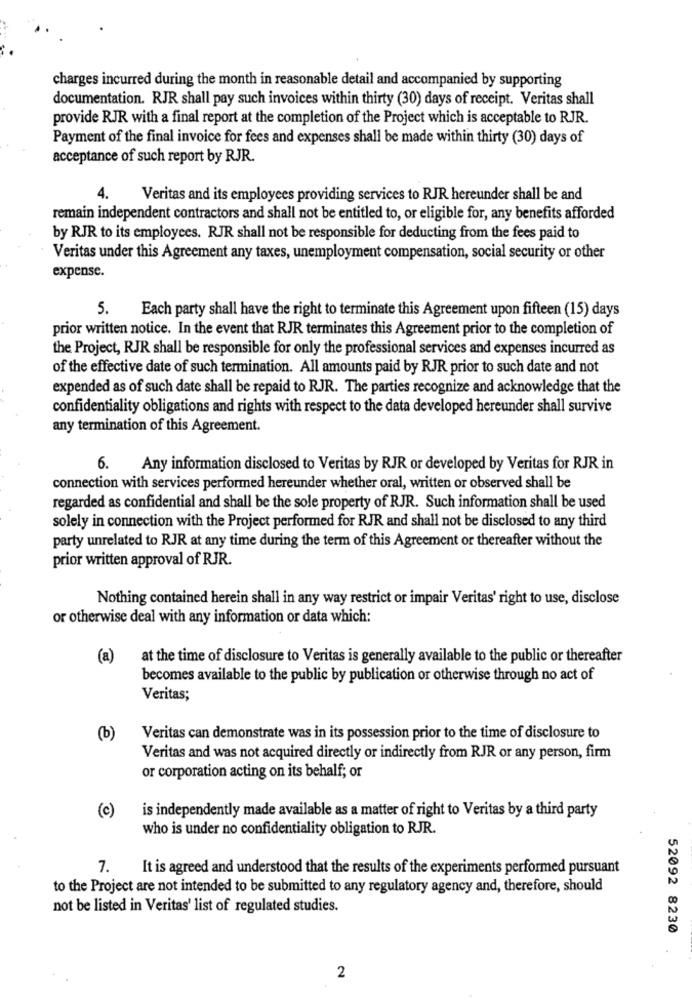
charges incurred during the month in reasonable detail and accompanied by supporting
documentation. RJR shall pay such invoices within thirty (30) days of receipt. Veritas shall
provide RJR with a final report at the completion of the Project which is acceptable to RJR.
Payment of the final invoice for fees and expenses shall be made within thirty (30) days of
acceptance of such report by RJR.
4.
Veritas and its employees providing services to RJR hereunder shall be and
remain independent contractors and shall not be entitled to, or eligible for, any benefits afforded
by RJR to its employees. RJR shall not be responsible for deducting from the fees paid to
Veritas under this Agreement any taxes, unemployment compensation, social security or other
expense.
5.
Each party shall have the right to terminate this Agreement upon fifteen (15) days
prior written notice. In the event that RJR terminates this Agreement prior to the completion of
the Project, RJR shall be responsible for only the professional services and expenses incurred as
of the effective date of such termination. All amounts paid by RJR prior to such date and not
expended as of such date shall be repaid to RJR. The parties recognize and acknowledge that the
confidentiality obligations and rights with respect to the data developed hereunder shall survive
any termination of this Agreement.
6.
Any information disclosed to Veritas by RJR or developed by Veritas for RJR in
connection with services performed hereunder whether oral, written or observed shall be
regarded as confidential and shall be the sole property of RJR. Such information shall be used
solely in connection with the Project performed for RJR and shall not be disclosed to any third
party unrelated to RJR at any time during the term of this Agreement or thereafter without the
prior written approval of RJR.
Nothing contained herein shall in any way restrict or impair Veritas' right to use, disclose
or otherwise deal with any information or data which:
(a)
at the time of disclosure to Veritas is generally available to the public or thereafter
becomes available to the public by publication or otherwise through no act of
Veritas;
(b)
Veritas can demonstrate was in its possession prior to the time of disclosure to
Veritas and was not acquired directly or indirectly from RJR or any person, firm
or corporation acting on its behalf; or
(c)
is independently made available as a matter of right to Veritas by a third party
who is under no confidentiality obligation to RJR.
7.
It is agreed and understood that the results of the experiments performed pursuant
to the Project are not intended to be submitted to any regulatory agency and, therefore, should
not be listed in Veritas' list of regulated studies.
52092 8230
2